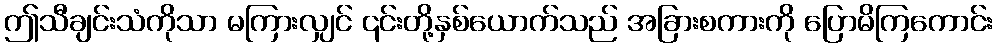
ဤသီချင်းသံကိုသာ မကြားလျှင် ၎င်းတို့နှစ်ယောက်သည် အခြားစကားကို ပြောမိကြကောင်း